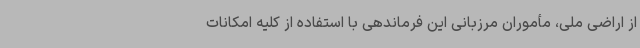
از اراضی ملی، مأموران مرزبانی این فرماندهی با استفاده از کلیه امکانات